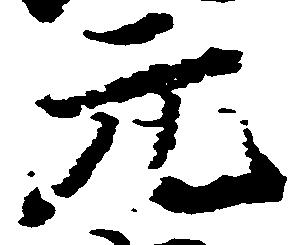
元